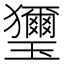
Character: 𤫏